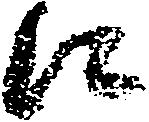
に